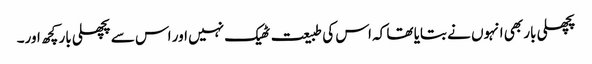
پچھلی بار بھی انہوں نے بتایا تھا کہ اس کی طبیعت ٹھیک نہیں اور اس سے پچھلی بار کچھ اور۔